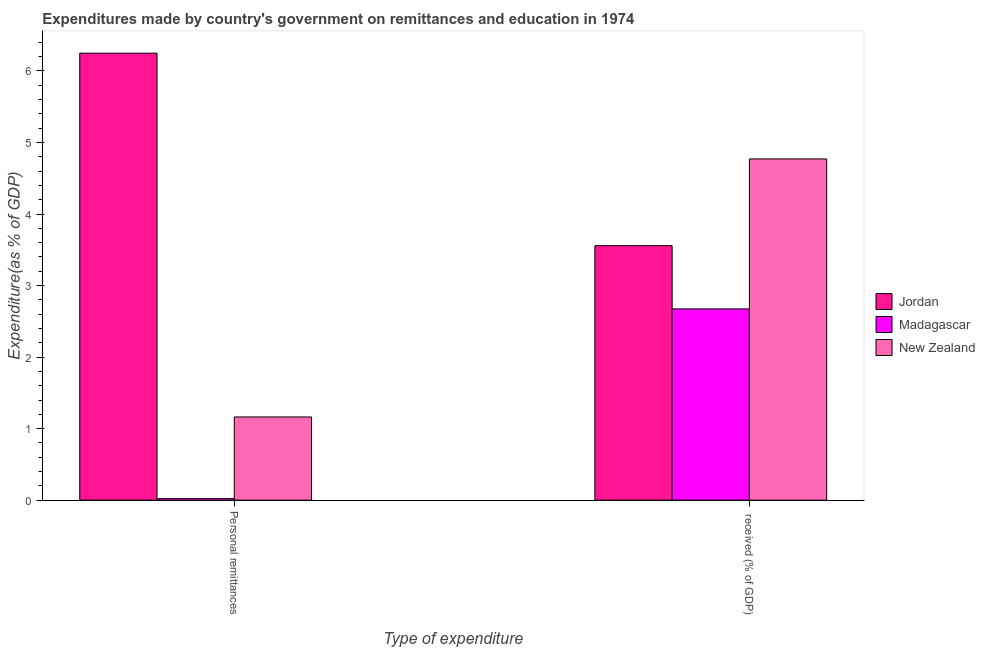
| Type of expenditure | Jordan | Madagascar | New Zealand |
 | --- | --- | --- | --- |
 | Personal remittances | 6.25 | 0.0217 | 1.16 |
 |  received (% of GDP) | 3.56 | 2.67 | 4.77 |